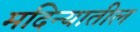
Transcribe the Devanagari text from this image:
मदिन्यातील